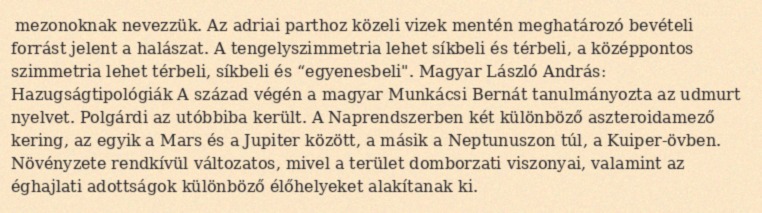
mezonoknak nevezzük. Az adriai parthoz közeli vizek mentén meghatározó bevételi forrást jelent a halászat. A tengelyszimmetria lehet síkbeli és térbeli, a középpontos szimmetria lehet térbeli, síkbeli és “egyenesbeli". Magyar László András: Hazugságtipológiák A század végén a magyar Munkácsi Bernát tanulmányozta az udmurt nyelvet. Polgárdi az utóbbiba került. A Naprendszerben két különböző aszteroidamező kering, az egyik a Mars és a Jupiter között, a másik a Neptunuszon túl, a Kuiper-övben. Növényzete rendkívül változatos, mivel a terület domborzati viszonyai, valamint az éghajlati adottságok különböző élőhelyeket alakítanak ki.